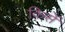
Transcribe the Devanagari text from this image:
किसें